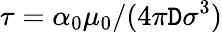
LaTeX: \tau=\alpha_{0}\mu_{0}/(4\pi\mathtt{D}\sigma^{3})